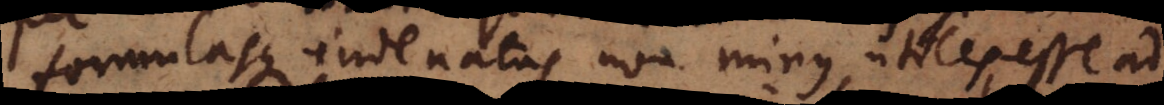
formulasque inde natas non minus utiles esse ad